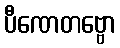
ပီဏေတဗ္ဗော